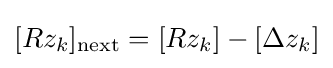
[Rz_{k}]_{\text{next}}=[Rz_{k}]-[\Delta z_{k}]